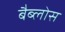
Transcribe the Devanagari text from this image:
बैब्लोस